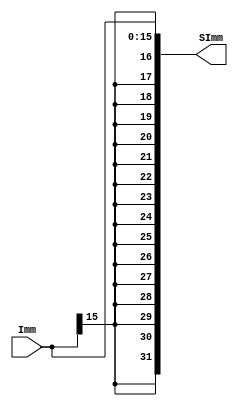
`timescale 1ns / 1ps

module SignExtensionUnit #(parameter AWL = 6, DWL = 32, DEPTH = 2**AWL)
                          (input [DWL-17:0] Imm,
                           output reg [DWL-1:0] SImm);
    
    always @ (*) begin
        SImm = {{16{Imm[15]}}, Imm};
    end

endmodule